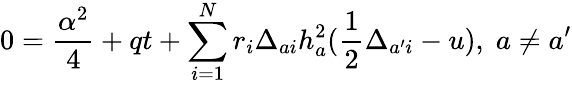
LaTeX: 0={\frac{\alpha^{2}}{4}}+qt+\sum_{i=1}^{N}r_{i}\Delta_{ai}h_{a}^{2}({\frac{1}{2}}\Delta_{a^{\prime}i}-u),\; a\not=a^{\prime}